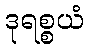
ဒုရစ္စယံ